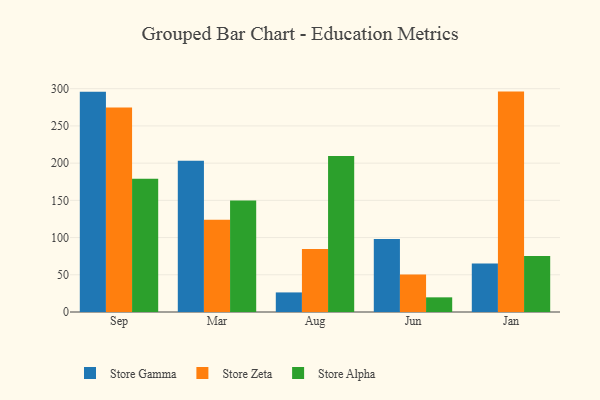
{"axis": {"x": "Month", "y": "Customer Acquisition Cost (USD)"}, "legend": ["Store Alpha", "Store Gamma", "Store Zeta"], "data": [{"x": "Sep", "y": 295.8, "type": "Store Gamma"}, {"x": "Sep", "y": 274.7, "type": "Store Zeta"}, {"x": "Sep", "y": 178.9, "type": "Store Alpha"}, {"x": "Mar", "y": 203.3, "type": "Store Gamma"}, {"x": "Mar", "y": 124.0, "type": "Store Zeta"}, {"x": "Mar", "y": 149.7, "type": "Store Alpha"}, {"x": "Aug", "y": 26.3, "type": "Store Gamma"}, {"x": "Aug", "y": 84.8, "type": "Store Zeta"}, {"x": "Aug", "y": 209.7, "type": "Store Alpha"}, {"x": "Jun", "y": 98.2, "type": "Store Gamma"}, {"x": "Jun", "y": 50.3, "type": "Store Zeta"}, {"x": "Jun", "y": 19.7, "type": "Store Alpha"}, {"x": "Jan", "y": 65.3, "type": "Store Gamma"}, {"x": "Jan", "y": 296.1, "type": "Store Zeta"}, {"x": "Jan", "y": 75.3, "type": "Store Alpha"}]}